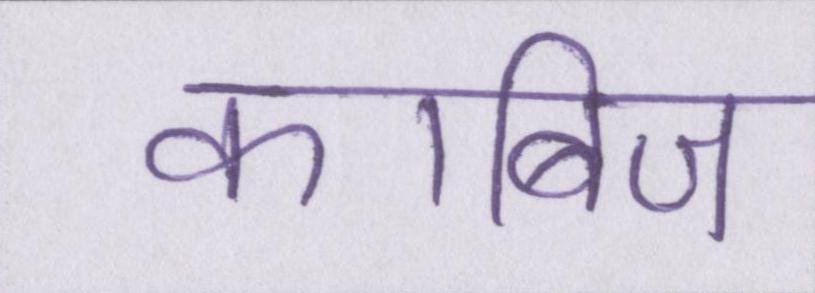
काबिज